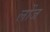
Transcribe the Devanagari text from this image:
लोंज